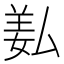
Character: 𦍯